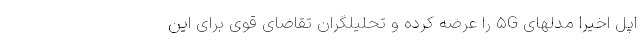
اپل اخیرا مدلهای ۵G را عرضه کرده و تحلیلگران تقاضای قوی برای این